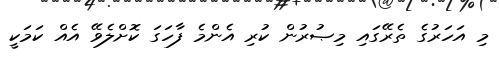
މި އަހަރުގެ ތެރޭގައި މިޞުރުން ކުރި އެންމެ ފާހަގަ ކޮށްލެވޭ އެއް ކަމަކީ